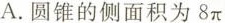
A. 圆锥的侧面积为8π